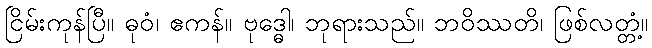
ငြိမ်းကုန်ပြီ။ ဓုဝံ၊ ဧကန်။ ဗုဒ္ဓေါ၊ ဘုရားသည်။ ဘဝိဿတိ၊ ဖြစ်လတ္တံ့။